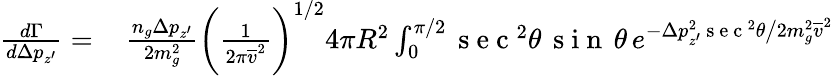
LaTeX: \begin{array}{rl}{\frac{d\Gamma}{d\Delta p_{z^{\prime}}}=}&{{}\, \frac{n_{g}\Delta p_{z^{\prime}}}{2m_{g}^{2}}\bigg(\frac{1}{2\pi\overline{{v}}^{2}}\bigg)^{1/2}4\pi R^{2}\int_{0}^{\pi/2}\mathrm{~s~e~c~}^{2}\theta\, \mathrm{~s~i~n~}\, \theta\, e^{-\Delta p_{z^{\prime}}^{2}\mathrm{~s~e~c~}^{2}\theta\big/2m_{g}^{2}\overline{{v}}^{2}}}\end{array}